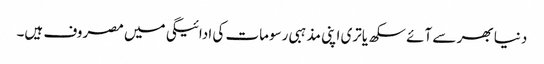
دنیا بھر سے آئے سکھ یاتری اپنی مذہبی رسومات کی ادائیگی میں مصروف ہیں۔